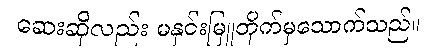
ဆေးဆိုလည်း မနှင်းမြူတိုက်မှသောက်သည်။